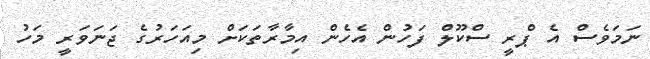
ނަމަވެސް އެ ޕްރީ ސްކޫލް ފަހުން އެހެން އިމާރާތަކަށް މިއަހަރުގެ ޖަނަވަރީ މަހު